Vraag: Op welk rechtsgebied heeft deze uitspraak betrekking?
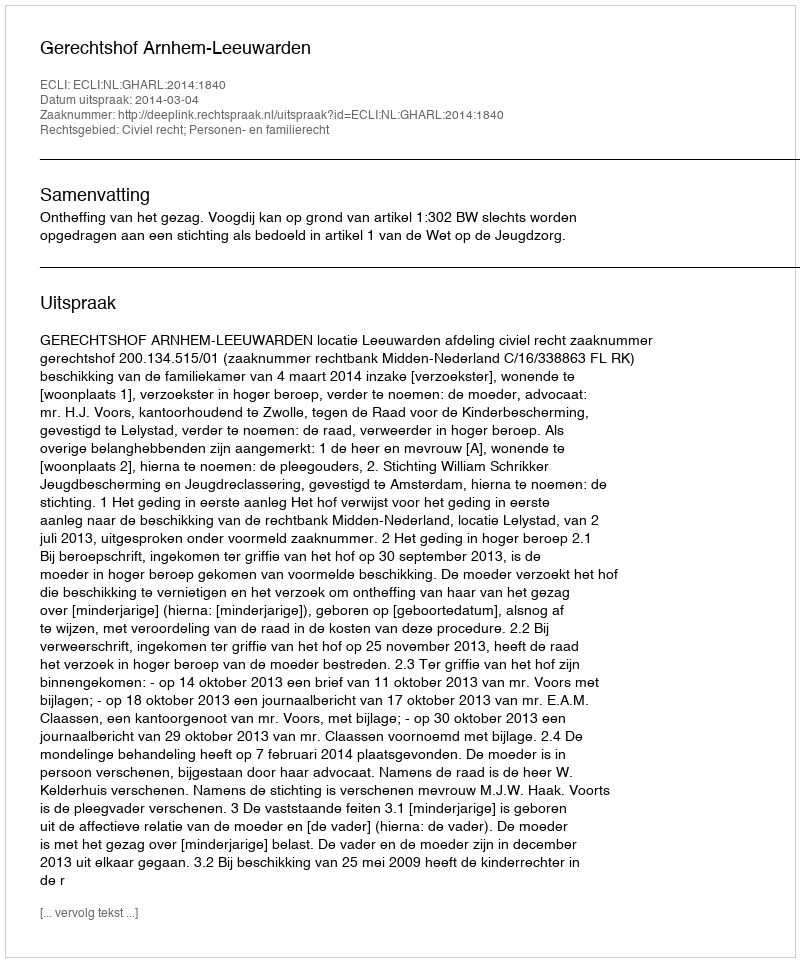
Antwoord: Civiel recht; Personen- en familierecht